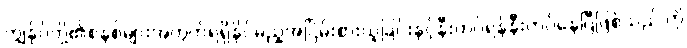
ကျွန်ုပ်တို့၏စနစ်များအတွက်ရရှိနိုင်မည့်အငြိမ်းစားယူခြင်းနှင့်နီးကပ်ရန်နီးကပ်နေပြီဖြစ်သည် ကို